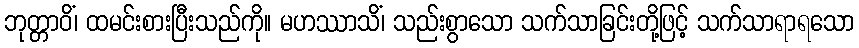
ဘုတ္တာဝိံ၊ ထမင်းစားပြီးသည်ကို။ မဟဿာသိံ၊ သည်းစွာသော သက်သာခြင်းတို့ဖြင့် သက်သာရာရသော